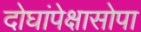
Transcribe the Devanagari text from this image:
दोघांपेक्षासोपा